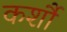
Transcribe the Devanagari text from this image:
कर्शौ